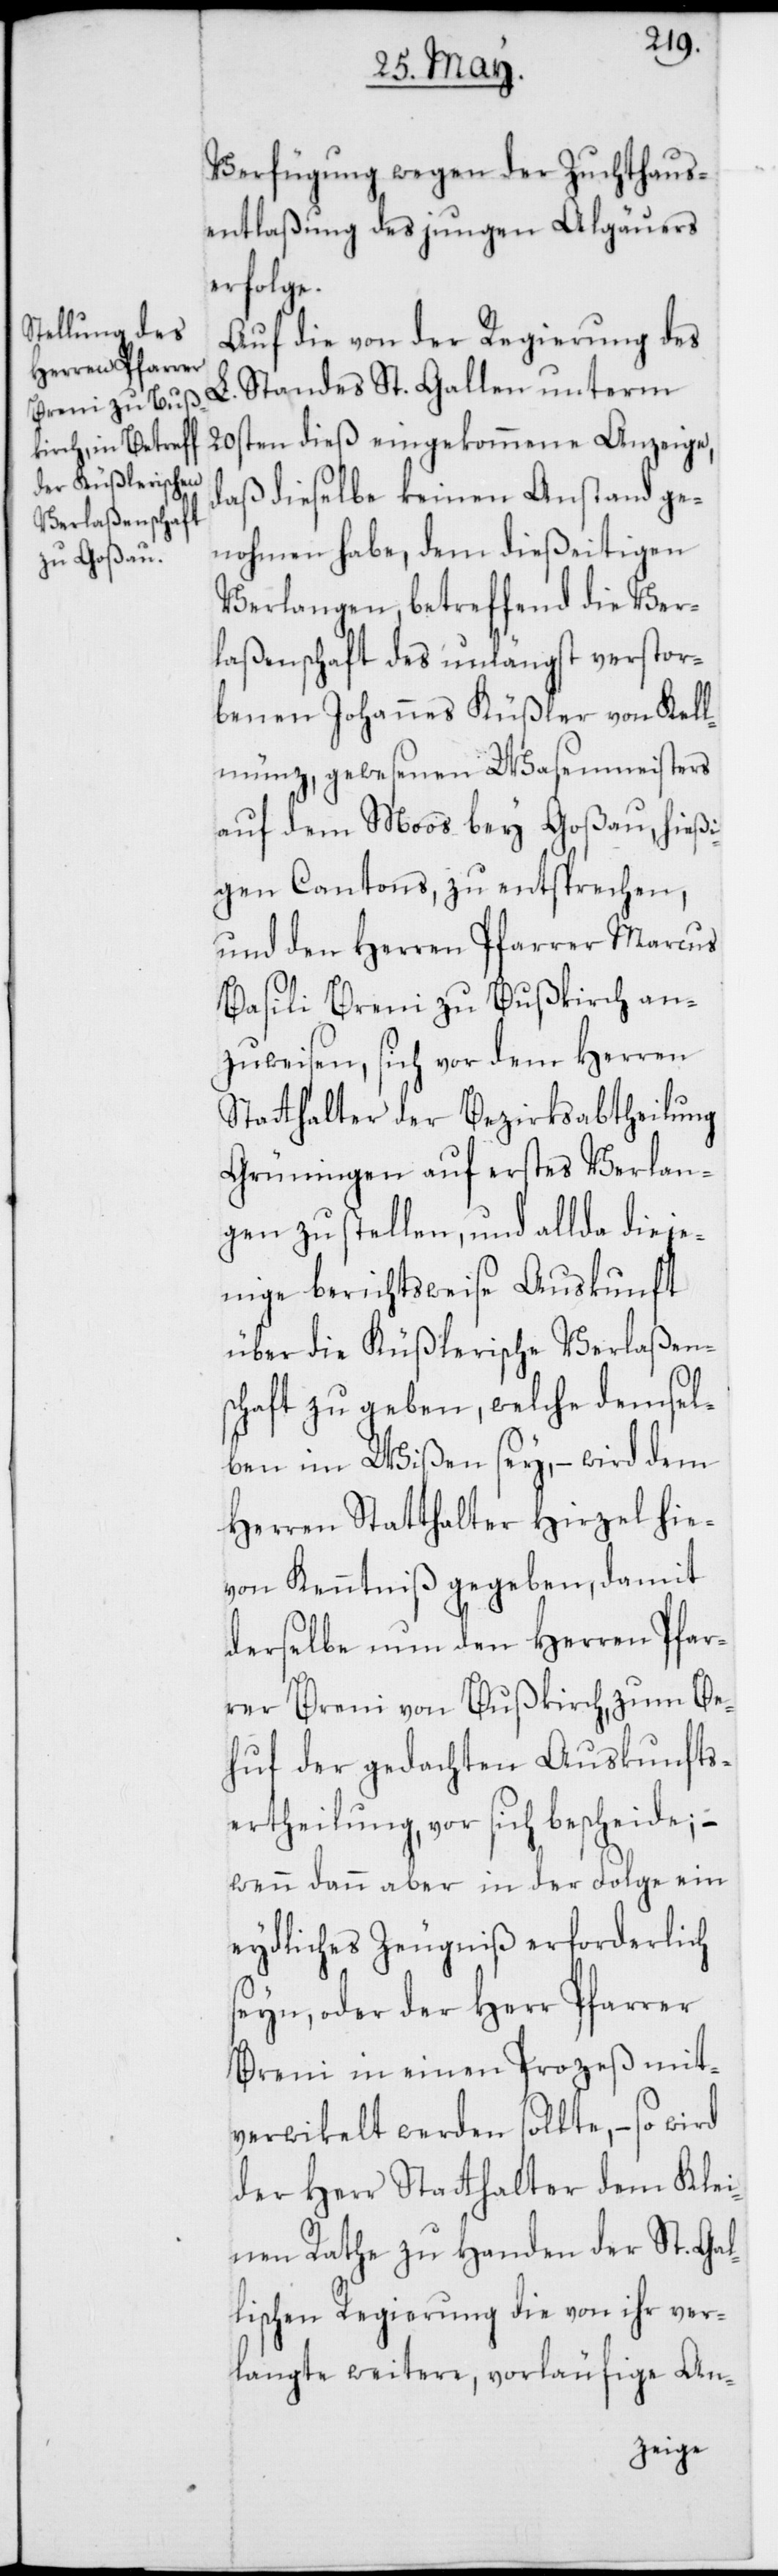
Verfügung wegen der Zuchthaus¬
entlaßung des jungen Algäuers
erfolge.
Auf die von der Regierung des
L. Standes St. Gallen unterm
20sten dieß eingekommene Anzeige,
daß dieselbe keinen Anstand ge¬
nohmen habe, dem dießeitigen
Verlangen betreffend die Ver¬
laßenschaft des unlängst verstor¬
benen Johannes Küßler von Kel¬
lmünz, gewesenen Wasenmeisters
auf dem Moos bey Goßau, hießi¬
gen Cantons, zu entsprechen,
und den Herren Pfarrer Marcus
Basili Breni zu Bußkirch an¬
zuweisen, sich vor dem Herren
Stathalter der Bezirksabtheilung
Grüningen auf erstes Verlan¬
gen zu stellen, und allda dieje¬
nige berichtsweise Auskunft
über die Küßlerische Verlaßens¬
chaft zu geben, welche demsel¬
ben im Wißen sey, – wird dem
Herren Stathalter Hirzel hie¬
von Kenntniß gegeben , damit
derselbe nun den Herren Pfar¬
rer Breni von Bußkirch zum Be¬
huf der gedachten Auskunfts-E¬
rtheilung vor sich bescheide; –
wenn dann aber in der Folge ein
eydliches Zeugnis erforderlich
seyn, oder der Herr Pfarrer
Breni in einen Prozeß mit¬
verwickelt werden sollte, – so wird
der Herr Stathalter dem Klei¬
nen Rathe zu Handen der St. Gal¬
lischen Regierung die von ihr ver¬
langte weitere vorläufige An-